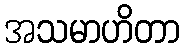
အသမာဟိတာ